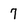
Character: 7